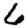
Digit: 6